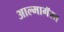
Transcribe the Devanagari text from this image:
आल्मागॅस्त